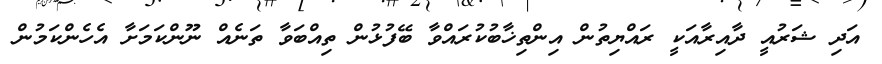
އަދި ޝަރުއީ ދާއިރާއަކީ ރައްޔިތުން އިންތިޚާބުކުރައްވާ ބޭފުޅުން ތިއްބަވާ ތަނެއް ނޫންކަމަށާ އެހެންކަމުން